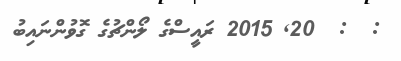
:  :  20